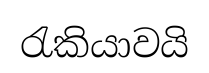
රැකියාවයි